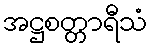
အဋ္ဌစတ္တာရီသံ